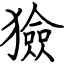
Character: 獫